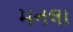
મનલા